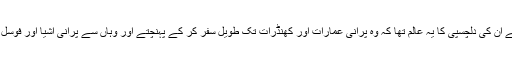
آثار قدیمہ سے ان کی دلچسپی کا یہ عالم تھا کہ وہ پرانی عمارات اور کھنڈرات تک طویل سفر کر کے پہنچتے اور وہاں سے پرانی اشیا اور فوسل تلاش کرتے۔